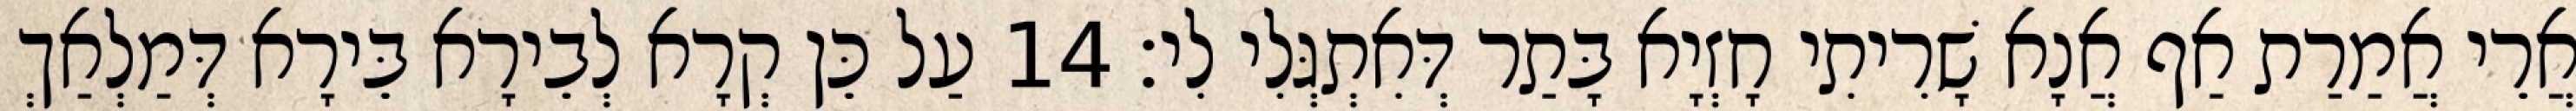
אֲרֵי אֲמַרַת אַף אֲנָא שָׁרִיתִי חָזְיָא בָּתַר דְּאִתְגְּלִי לִי׃ 14 עַל כֵּן קְרָא לְבֵירָא בֵּירָא דְּמַלְאַךְ